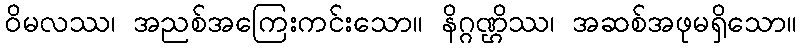
ဝိမလဿ၊ အညစ်အကြေးကင်းသော။ နိဂ္ဂဏ္ဌိဿ၊ အဆစ်အဖုမရှိသော။